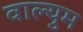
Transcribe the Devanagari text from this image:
वाल्युम